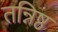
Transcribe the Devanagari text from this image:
तन्निष्ठ